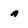
Character: a